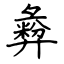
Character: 彜